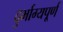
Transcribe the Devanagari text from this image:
दुर्भाग्यपू्‌र्ण